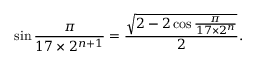
\sin { \frac { \pi } { 1 7 \times 2 ^ { n + 1 } } } = { \frac { \sqrt { 2 - 2 \cos { \frac { \pi } { 1 7 \times 2 ^ { n } } } } } { 2 } } .